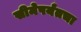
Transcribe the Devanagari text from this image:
सीमेपर्यंतचा